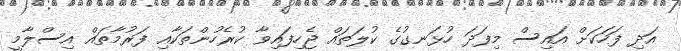
އަދި ފަހަކަށް އައިސް މިފަދަ ހުޅަނގުގެ ކުލަތައް ޖެހިފައިވާ ކުރެހުންތަކާއި ފަރުމާތައް އިސްލާމީ